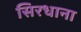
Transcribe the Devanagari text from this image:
सिरधाना